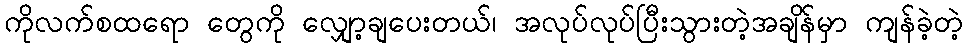
ကိုလက်စထရော တွေကို လျှော့ချပေးတယ်၊ အလုပ်လုပ်ပြီးသွားတဲ့အချိန်မှာ ကျန်ခဲ့တဲ့